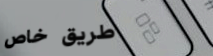
طريق خاص